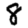
Digit: 8